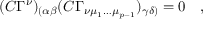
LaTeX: ( C \Gamma ^ { \nu } ) _ { ( \alpha \beta } ( C \Gamma _ { \nu \mu _ { 1 } \dots \mu _ { p - 1 } } ) _ { \gamma \delta ) } = 0 \quad ,